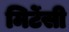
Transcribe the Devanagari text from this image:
मिर्टेसी